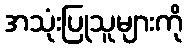
အသုံးပြုသူများကို